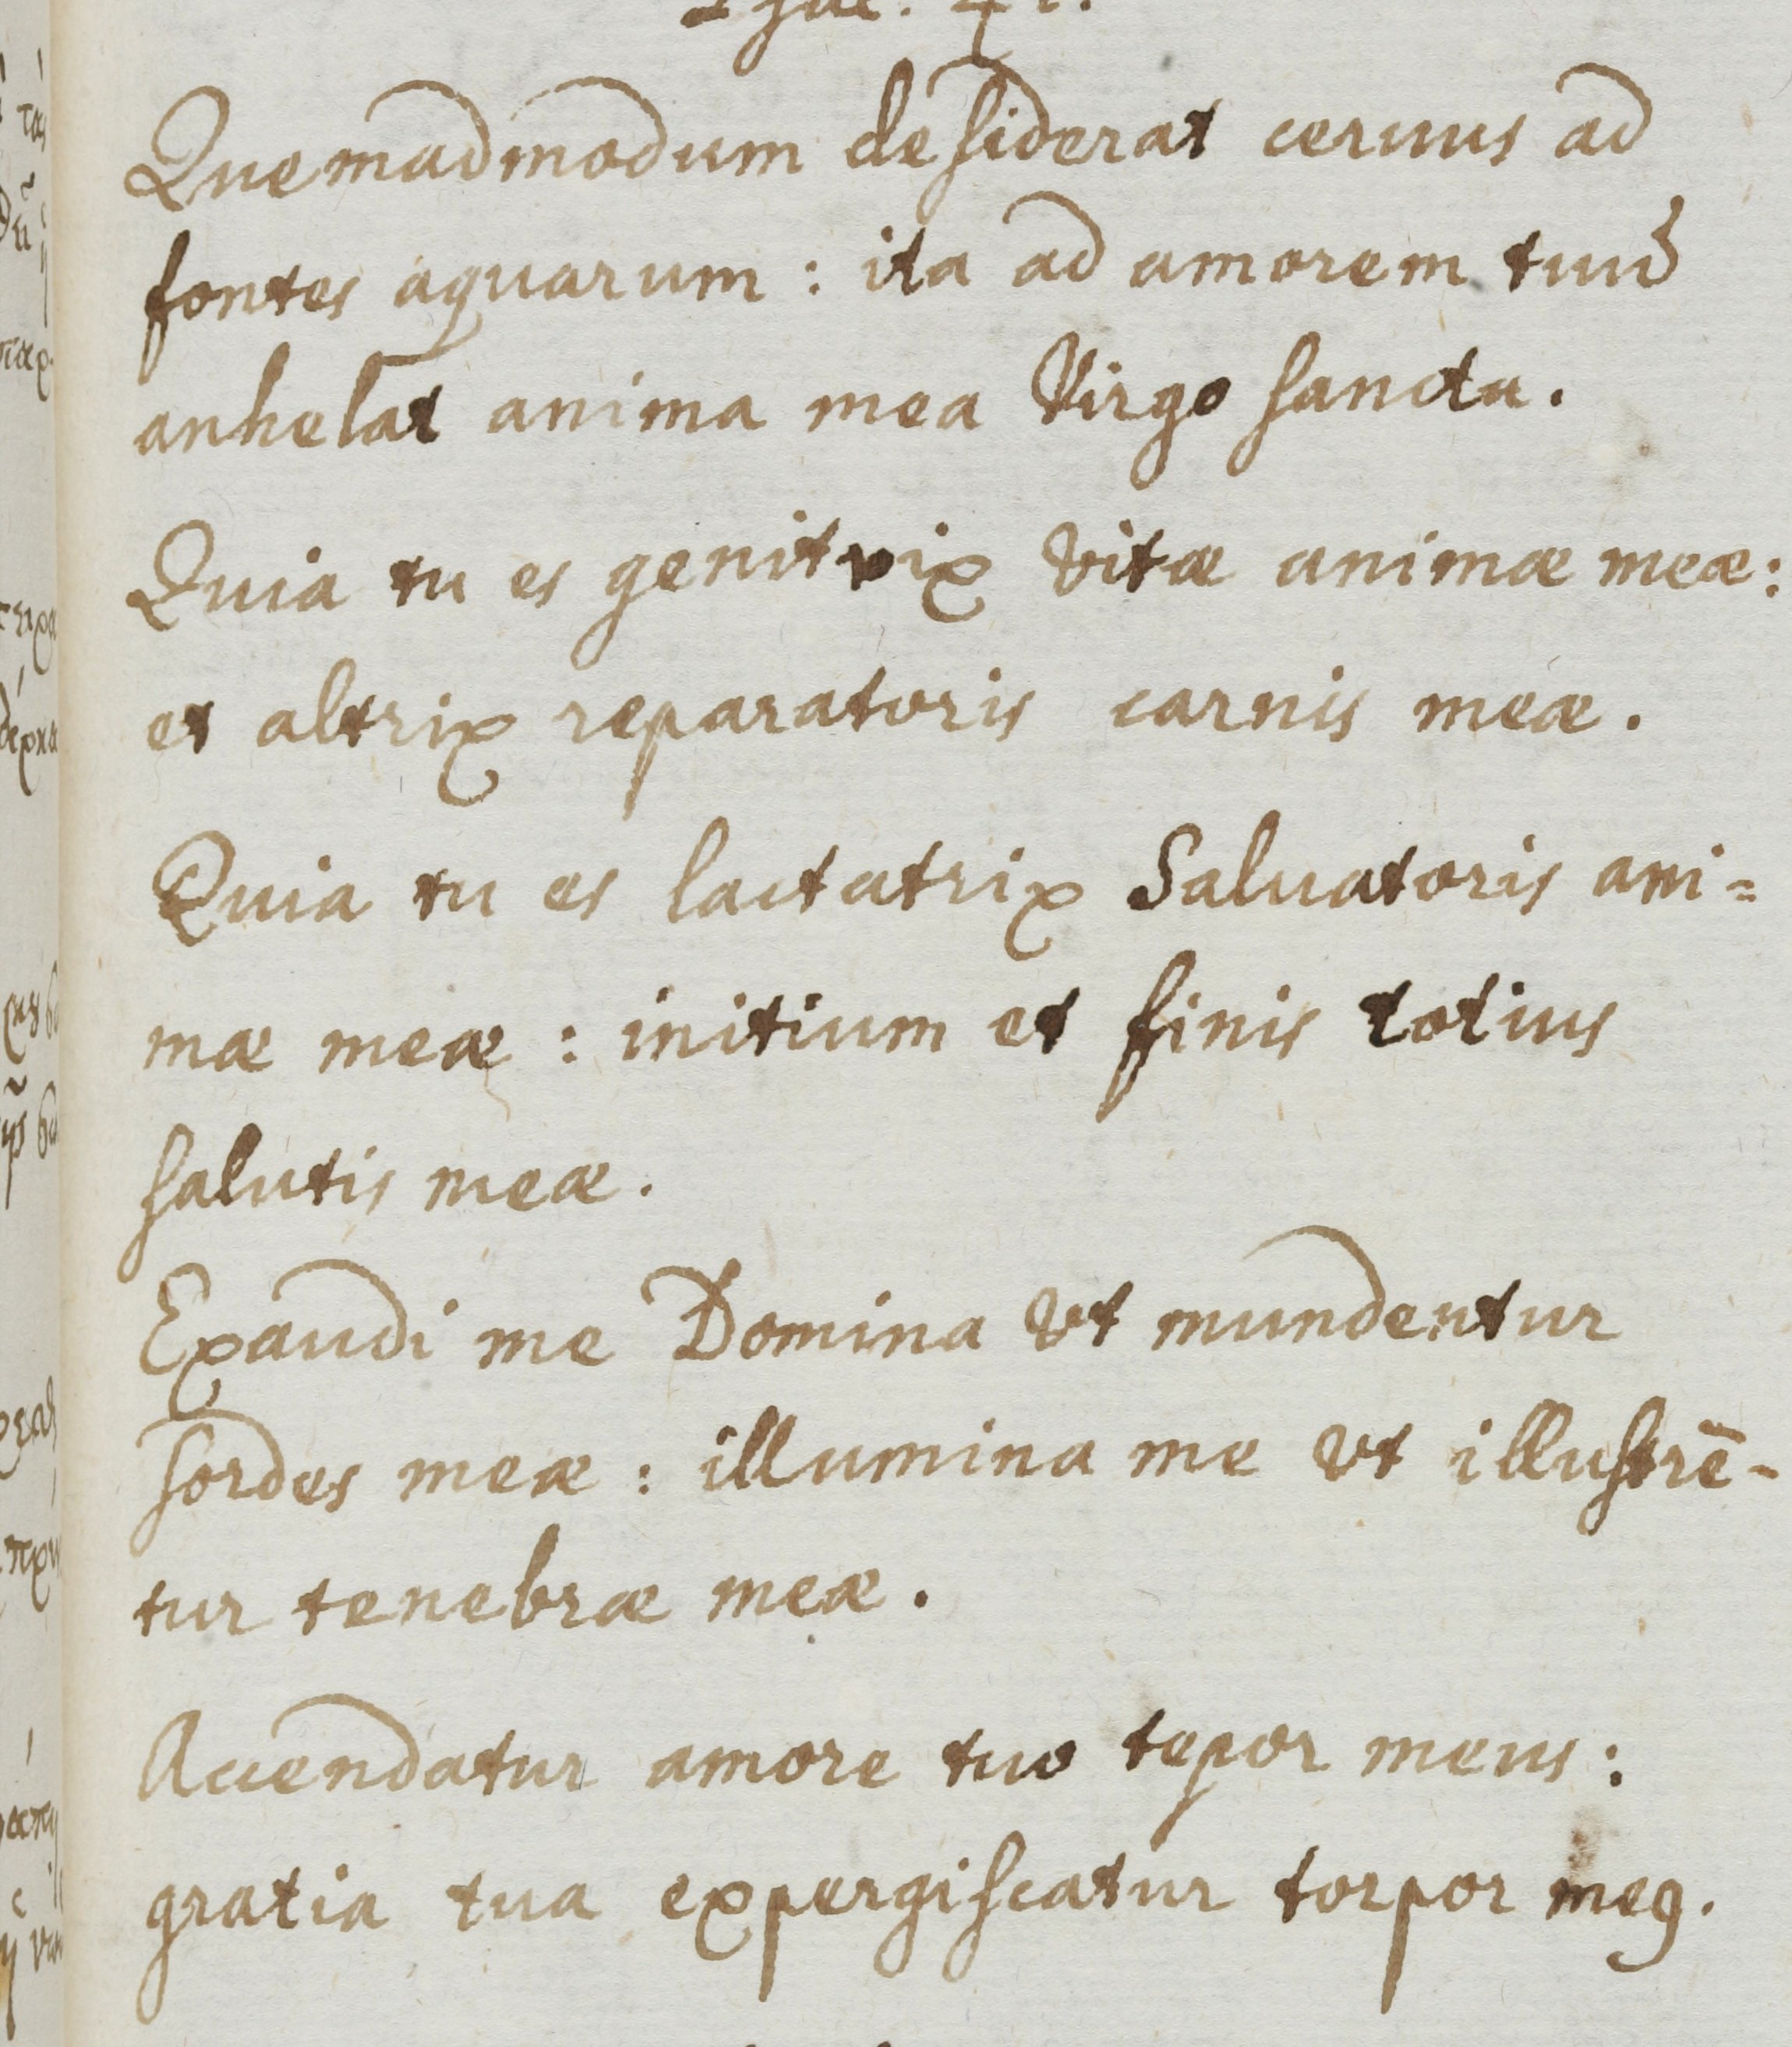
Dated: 1661–1661